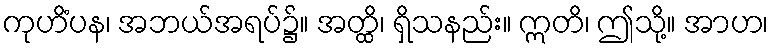
ကုဟိံပန၊ အဘယ်အရပ်၌။ အတ္ထိ၊ ရှိသနည်း။ ဣတိ၊ ဤသို့။ အာဟ၊